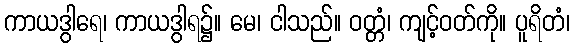
ကာယဒွါရေ၊ ကာယဒွါရ၌။ မေ၊ ငါသည်။ ဝတ္တံ၊ ကျင့်ဝတ်ကို။ ပူရိတံ၊